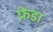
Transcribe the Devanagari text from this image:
फ्रेडा